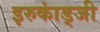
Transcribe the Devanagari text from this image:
इरुकांड्जी